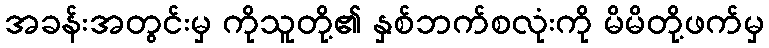
အခန်းအတွင်းမှ ကိုသူတို့၏ နှစ်ဘက်စလုံးကို မိမိတို့ဖက်မှ